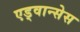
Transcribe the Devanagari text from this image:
एड्वान्सेस